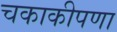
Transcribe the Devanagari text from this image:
चकाकीपणा